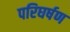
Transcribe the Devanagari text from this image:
परिघर्षण